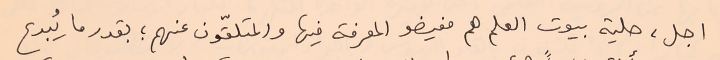
اجل، حلية بيوت العلم هم مفيضو المعرفة فيها والمتلقّون عنهم ؛ بقدر ما يُبدع